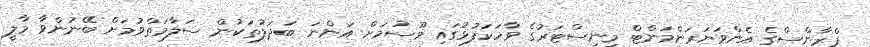
ފްރާންސްގެ އެންވަޔަރަންމަންޓް މިނިސްޓަރުގެ ވާހަކަފުޅުގައި މޫސުމަށް އަންނަ ބަދަލުތަކުން ސަލާމަތްވުމަށް ބޭނުންވާ މާލީ